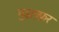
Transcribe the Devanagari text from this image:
मुझफ़्फ़र